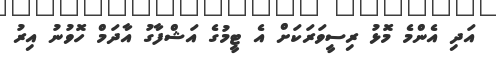
އަދި އެންމެ މޮޅު ރިސީވަރަކަށް އެ ޓީމުގެ އަޝްފާގު އާދަމް ހޮވުނު އިރު